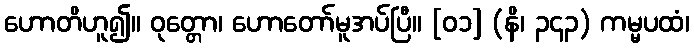
ဟောတိဟူ၍။ ဝုတ္တော၊ ဟောတော်မူအပ်ပြီ။ [၀၁] (နိ၊ ၃၄၃) ကမ္မပထံ၊